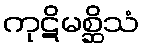
ကုဋိမစ္ဆိသံ